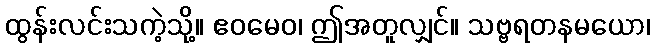
ထွန်းလင်းသကဲ့သို့။ ဧဝမေဝ၊ ဤအတူလျှင်။ သဗ္ဗရတနမယော၊